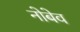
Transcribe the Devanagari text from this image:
नोबेव